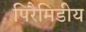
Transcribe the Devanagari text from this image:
पिरैमिडीय